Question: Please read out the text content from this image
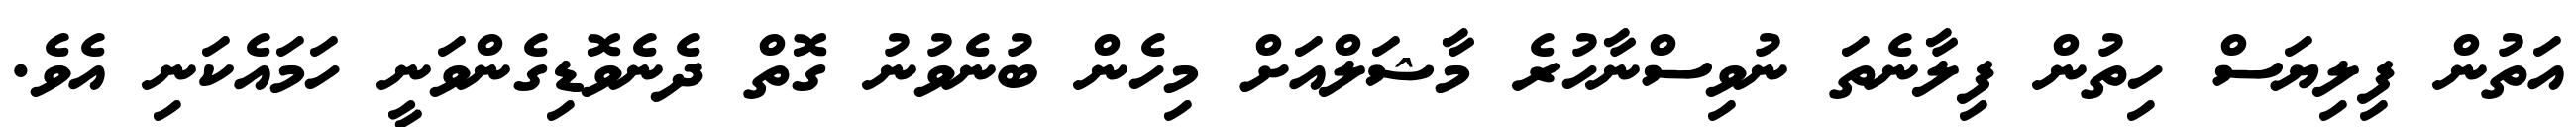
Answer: އަތުން ފިލިޔަސް ހިތުން ފިލާނެތަ ނުވިސްނާހުރެ މާޝަލްއަށް މިހެން ބުނެވުނު ގޮތް ދެނެވޮޑިގެންވަނީ ހަމައެކަނި އެވެ.